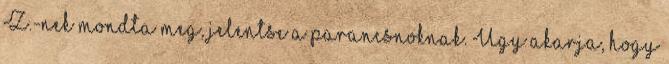
Z.-nek mondta meg, jelentse a parancsnoknak. Úgy akarja, hogy